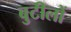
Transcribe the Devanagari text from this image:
बुटीलों